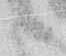
候